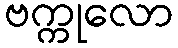
ဗက္ကုလော